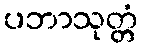
ပဘာသုတ္တံ